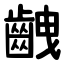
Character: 齥